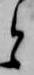
と